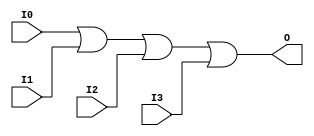
// $Header: /devl/xcs/repo/env/Databases/CAEInterfaces/verunilibs/data/uni9000/OR4.v,v 1.4 2007/05/23 20:05:12 patrickp Exp $
///////////////////////////////////////////////////////////////////////////////
// Copyright (c) 1995/2004 Xilinx, Inc.
// All Right Reserved.
///////////////////////////////////////////////////////////////////////////////
//   ____  ____
//  /   /\/   /
// /___/  \  /    Vendor : Xilinx
// \   \   \/     Version : 7.1i (H.19)
//  \   \         Description : Xilinx Functional Simulation Library Component
//  /   /                  4-input OR Gate
// /___/   /\     Filename : OR4.v
// \   \  /  \    Timestamp : Thu Mar 25 16:42:08 PST 2004
//  \___\/\___\
//
// Revision:
//    03/23/04 - Initial version.
//    05/23/07 - Changed timescale to 1 ps / 1 ps.

`timescale  1 ps / 1 ps

`celldefine

module OR4 (O, I0, I1, I2, I3);


    output O;

    input  I0, I1, I2, I3;

    or O1 (O, I0, I1, I2, I3);

    specify
	(I0 *> O) = (0, 0);
	(I1 *> O) = (0, 0);
	(I2 *> O) = (0, 0);
	(I3 *> O) = (0, 0);
    endspecify

endmodule

`endcelldefine